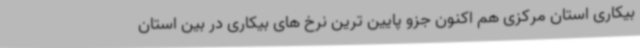
بیکاری استان مرکزی هم اکنون جزو پایین ترین نرخ های بیکاری در بین استان